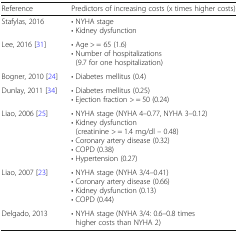
| Reference | Predictors of increasing costs (x times higher costs) |
 | --- | --- |
 | Stafylas, 2016 | • NYHA stage• Kidney dysfunction |
 | Lee, 2016 [31] | • Age > = 65 (1.6)• Number of hospitalizations (9.7 for one hospitalization) |
 | Bogner, 2010 [24] | • Diabetes mellitus (0.4) |
 | Dunlay, 2011 [34] | • Diabetes mellitus (0.25)• Ejection fraction > = 50 (0.24) |
 | Liao, 2006 [25] | • NYHA stage (NYHA 4–0.77, NYHA 3–0.12)• Kidney dysfunction (creatinine > = 1.4 mg/dl – 0.48)• Coronary artery disease (0.32)• COPD (0.38)• Hypertension (0.27) |
 | Liao, 2007 [23] | • NYHA stage (NYHA 3/4–0.41)• Coronary artery disease (0.66)• Kidney dysfunction (0.13)• COPD (0.44) |
 | Delgado, 2013 | • NYHA stage (NYHA 3/4: 0.6–0.8 times higher costs than NYHA 2) |